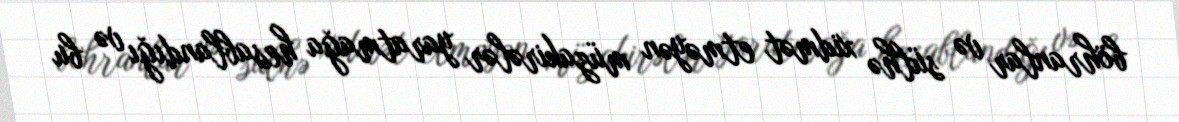
böhranlar və sülhə xidmət etməyən müzakirələr yaratmağa hesablandığı və bu